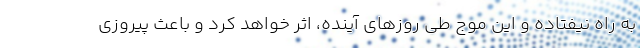
به راه نیفتاده و این موج طی روزهای آینده، اثر خواهد کرد و باعث پیروزی